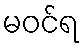
မဝင်ရ